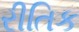
રીતિક